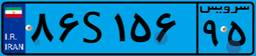
۷۴S۶۴۷۷۳